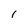
Character: 1